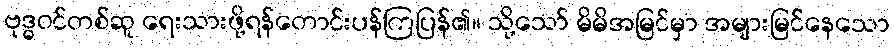
ဗုဒ္ဓဝင်တစ်ဆူ ရေးသားဖို့ရန်တောင်းပန်ကြပြန်၏။ သို့သော် မိမိအမြင်မှာ အများမြင်နေသော